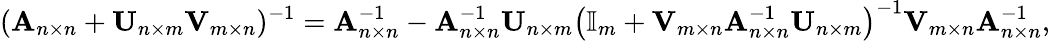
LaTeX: (\mathbf{A}_{n\times n}+\mathbf{U}_{n\times m}\mathbf{V}_{m\times n})^{-1}=\mathbf{A}_{n\times n}^{-1}-\mathbf{A}_{n\times n}^{-1}\mathbf{U}_{n\times m}\left(\mathbb{I}_{m}+\mathbf{V}_{m\times n}\mathbf{A}_{n\times n}^{-1}\mathbf{U}_{n\times m}\right)^{-1}\mathbf{V}_{m\times n}\mathbf{A}_{n\times n}^{-1},